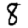
Digit: 8